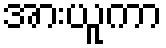
အားယူကာ